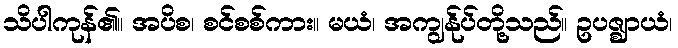
သိပါကုန်၏။ အပိစ၊ စင်စစ်ကား။ မယံ၊ အကျွန်ုပ်တို့သည်။ ဥပဇ္ဈာယံ၊